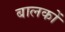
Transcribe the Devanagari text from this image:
बालकोँ